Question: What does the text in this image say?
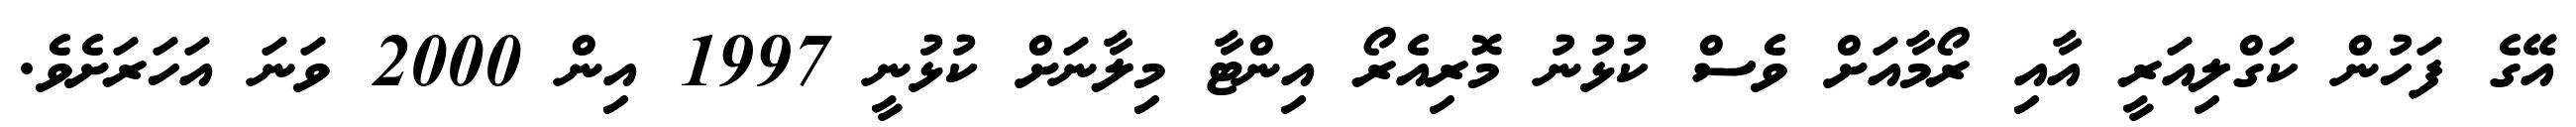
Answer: އޭގެ ފަހުން ކަގްލިއަރީ އާއި ރޯމާއަށް ވެސް ކުޅުނު މޮރިއެރޯ އިންޓާ މިލާނަށް ކުޅުނީ 1997 އިން 2000 ވަނަ އަހަރަށެވެ.